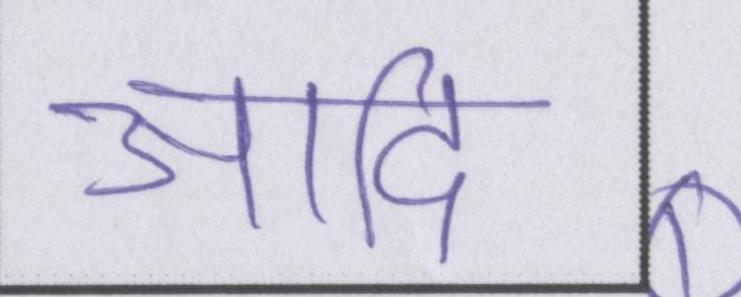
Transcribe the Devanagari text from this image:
आदि